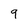
Character: 9